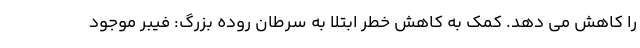
را کاهش می دهد. کمک به کاهش خطر ابتلا به سرطان روده بزرگ: فیبر موجود